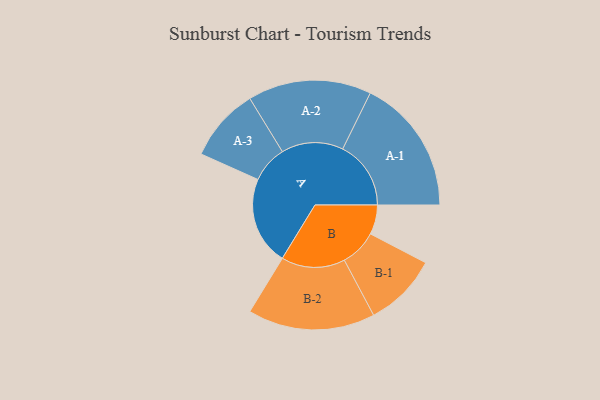
{"axis": {"x": "Segment", "y": "Value"}, "legend": ["", "A", "B"], "data": [{"x": "A", "y": 372, "type": ""}, {"x": "B", "y": 124, "type": ""}, {"x": "A-1", "y": 287, "type": "A"}, {"x": "A-2", "y": 260, "type": "A"}, {"x": "A-3", "y": 155, "type": "A"}, {"x": "B-1", "y": 155, "type": "B"}, {"x": "B-2", "y": 268, "type": "B"}]}